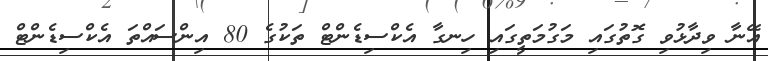
އޭނާ ވިދާޅުވި ގޮތުގައި މަގުމަތީގައި ހިނގާ އެކްސިޑެންޓް ތަކުގެ 80 އިންސައްތަ އެކްސިޑެންޓް